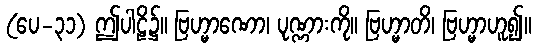
(ပေ-၃၁) ဤပါဠိ၌။ ဗြဟ္မာဏော၊ ပုဏ္ဏားကို။ ဗြဟ္မာတိ၊ ဗြဟ္မာဟူ၍။